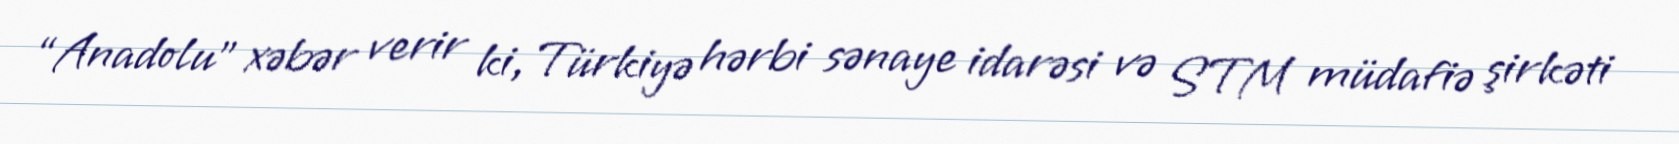
“Anadolu” xəbər verir ki, Türkiyə hərbi sənaye idarəsi və STM müdafiə şirkəti